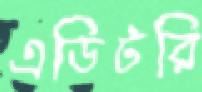
এডিটরি